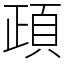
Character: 頙